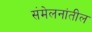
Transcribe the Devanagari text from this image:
संमेलनांतील